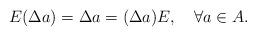
LaTeX: \begin{align*}E(\Delta a)=\Delta a=(\Delta a)E,\quad\forall a\in A.\end{align*}